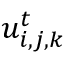
u _ { i , j , k } ^ { t }